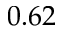
0 . 6 2